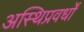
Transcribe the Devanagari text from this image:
अस्थिप्रवर्धों